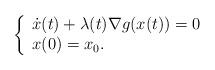
LaTeX: \begin{align*}\left\{\begin{array}{ll}\dot x(t) + \lambda(t)\nabla g(x(t))=0\\x(0)=x_0.\end{array}\right.\end{align*}